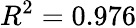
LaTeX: R^{2}=0.976